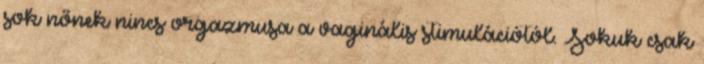
sok nőnek nincs orgazmusa a vaginális stimulációtól. Sokuk csak